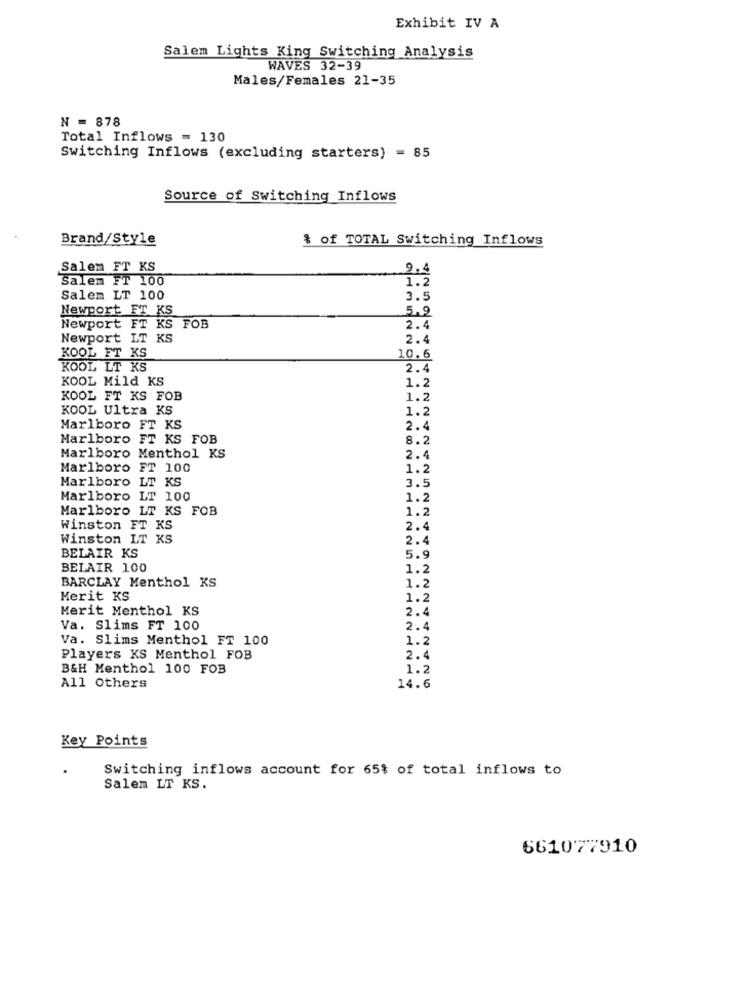
Exhibit IV A
Salem Lights King Switching Analysis
WAVES 32-39
Males/Females 21-35
N = 878
Total Inflows = 130
Switching Inflows (excluding starters) = 85
Source of Switching Inflows
Brand/Style
& of TOTAL Switching Inflows
Salem FT KS
2.4
Salem FT 100
1.2
Salem LT 100
3.5
Newport FT KS
5.9
Newport FT KS FOB
2.4
Newport LT KS
2.4
KOOL FT KS
10.6
KOOL LT KS
2.4
KOOL Mild KS
1.2
KOOL FT KS FOB
1.2
KOOL Ultra KS
1.2
Marlboro FT KS
2.4
Marlboro FT KS FOB
8.2
Marlboro Menthol KS
2.4
Marlboro FT 100
1.2
Marlboro LT KS
3.5
Marlboro LT 100
1.2
Marlboro LT KS FOB
1.2
Winston FT KS
2.4
Winston LT KS
2.4
BELAIR KS
5.9
BELAIR 100
1.2
BARCLAY Menthol KS
1.2
Merit KS
1.2
Merit Menthol KS
2.4
Va. Slims FT 100
2.4
Va. Slims Menthol FT 100
1.2
Players KS Menthol FOB
2.4
B&H Menthol 100 FOB
1.2
All Others
14.6
Key Points
Switching inflows account for 65% of total inflows to
Salem LT KS.
661077910